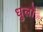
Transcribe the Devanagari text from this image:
धुलों